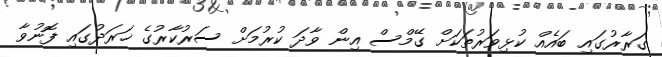
ގަރާރުގައި ބައެއް ކުޅިވަރުތަކަށް ގޭމްސް އިން ވާދަ ކުރުމަށް ސަރުކާރުގެ ޚަރަދުގައި ފޮނުވާ